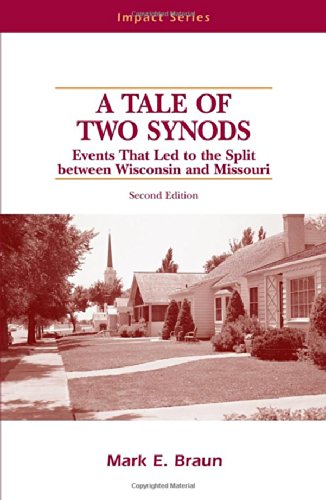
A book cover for A Tale of Two Synods: Events That Led to the Split Between Wisconsin and Missouri (Impact series); Mark E. Braun; Christian Books & Bibles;